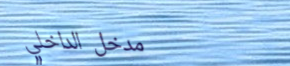
مدخل الداخلي